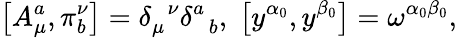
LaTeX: \left[A_{\mu}^{a},\pi_{b}^{\nu}\right]=\delta_{\mu}^{\; \; \nu}\delta_{\; \; b}^{a},\; \left[y^{\alpha_{0}},y^{\beta_{0}}\right]=\omega^{\alpha_{0}\beta_{0}},